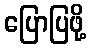
ပြောပြဖို့